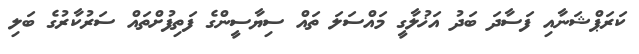
ކަރަޕްޝަނާއި ފަސާދަ ބަދު އަޚުލާގީ މައްސަލަ ތައް ސިޔާސީންގެ ފަތިފުށްތައް ސަރުކާރުގެ ބަލި